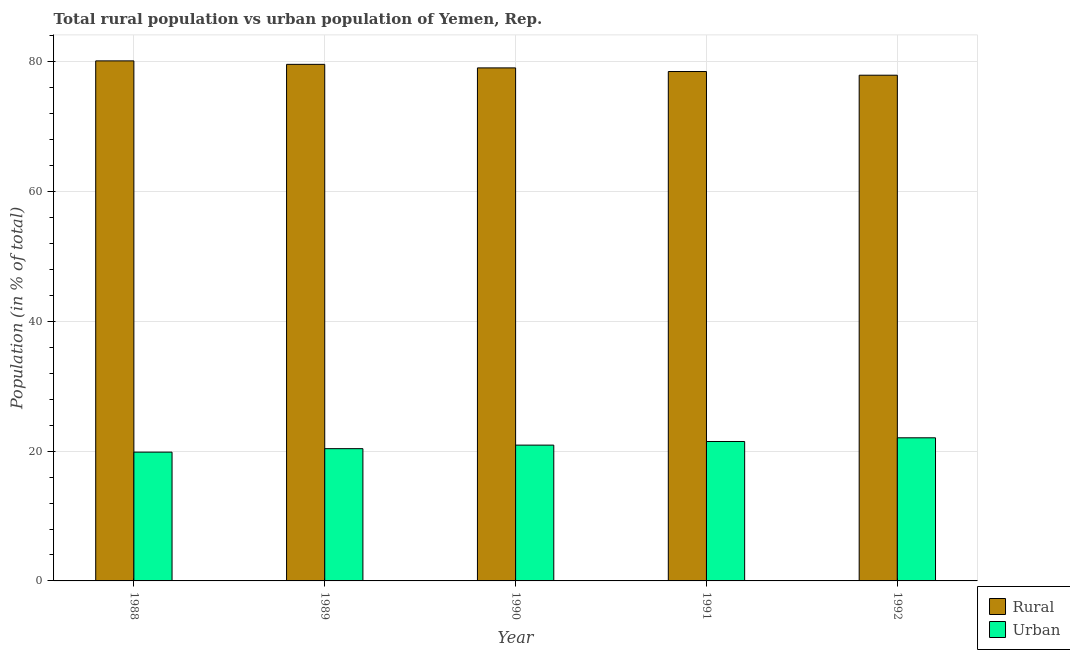
| Year | Rural | Urban |
 | --- | --- | --- |
 | 1988 | 80.2 | 19.8 |
 | 1989 | 79.6 | 20.4 |
 | 1990 | 79.1 | 20.9 |
 | 1991 | 78.5 | 21.5 |
 | 1992 | 77.9 | 22.1 |